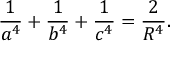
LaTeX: { \frac { 1 } { a ^ { 4 } } } + { \frac { 1 } { b ^ { 4 } } } + { \frac { 1 } { c ^ { 4 } } } = { \frac { 2 } { R ^ { 4 } } } .